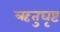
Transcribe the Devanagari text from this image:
ऋतुघृष्ट